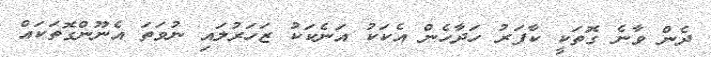
ދެން ވާނެ ގޮތަކީ ކާފަރު ހަދާހެން އެކަކު އަނެކަކު ޒަހަރުލައި ނުވަތަ އެނޫންގޮތަކައް